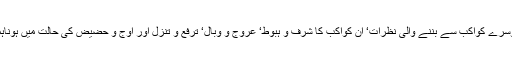
ان گھروں کے حاکم کواکب‘ ان میں موجود کواکب‘ ان گھروں کے حاکم کواکب کی دوسرے کواکب سے بننے والی نظرات‘ ان کواکب کا شرف و ہبوط‘ عروج و وبال‘ ترفع و تنزل اور اوج و حضیض کی حالت میں ہوناہمیں خوش قسمتی کے نمبروں کو معلوم کرنے کے حوالے سے مددگار ثابت ہو تا ہے۔